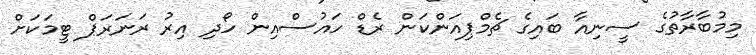
މިމުބާރާތުގެ ސީނިއާ ބައިގެ ޗެމްޕިއަންކަން ރެޑް ހައުސްއިން ހޯދި އިރު ރަނަރަޕް ޓީމަކަށް